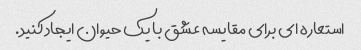
استعاره ای برای مقایسه عشق با یک حیوان ایجاد کنید.